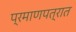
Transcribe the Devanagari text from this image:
प्रमाणपत्रात